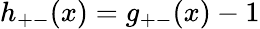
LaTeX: h_{+-}(x)=g_{+-}(x)-1